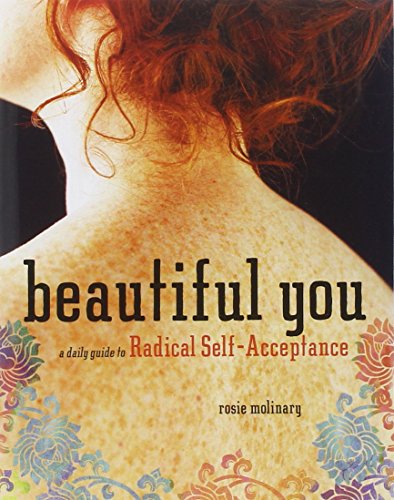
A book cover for Beautiful You: A Daily Guide to Radical Self-Acceptance; Rosie Molinary; Health, Fitness & Dieting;